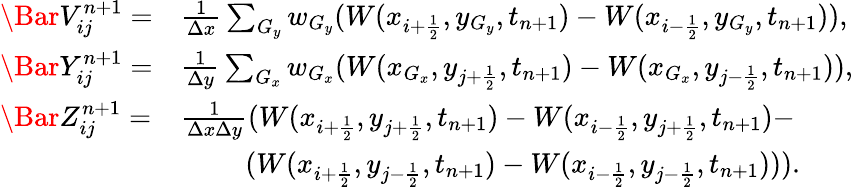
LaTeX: \begin{array}{llll}{\Bar V_{ij}^{n+1}=}&{\frac{1}{\Delta x}\sum_{G_{y}}w_{G_{y}}(W(x_{i+\frac{1}{2}},y_{G_{y}},t_{n+1})-W(x_{i-\frac{1}{2}},y_{G_{y}},t_{n+1})),}\\ {\Bar Y_{ij}^{n+1}=}&{\frac{1}{\Delta y}\sum_{G_{x}}w_{G_{x}}(W(x_{G_{x}},y_{j+\frac{1}{2}},t_{n+1})-W(x_{G_{x}},y_{j-\frac{1}{2}},t_{n+1})),}\\ {\Bar Z_{ij}^{n+1}=}&{\frac{1}{\Delta x\Delta y}(W(x_{i+\frac{1}{2}},y_{j+\frac{1}{2}},t_{n+1})-W(x_{i-\frac{1}{2}},y_{j+\frac{1}{2}},t_{n+1})-}\\ &{\qquad\; (W(x_{i+\frac{1}{2}},y_{j-\frac{1}{2}},t_{n+1})-W(x_{i-\frac{1}{2}},y_{j-\frac{1}{2}},t_{n+1}))).}\end{array}